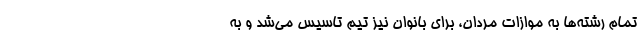
تمام رشته‌ها به موازات مردان، ‌برای بانوان نیز تیم تاسیس می‌شد و به